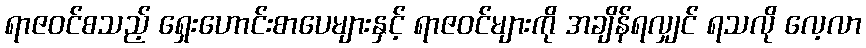
ရာဇဝင်စသည့် ရှေးဟောင်းစာပေများနှင့် ရာဇဝင်များကို အချိန်ရလျှင် ရသလို လေ့လာ